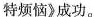
特烦恼》成功。